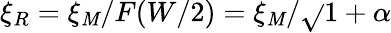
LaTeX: \xi_{R}=\xi_{\mathit{M}}/F(W/2)=\xi_{\mathit{M}}/\sqrt{}{{1+\alpha}}